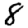
Digit: 8